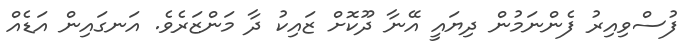
ފުސްވިއިރު ފެންނަމުން ދިޔައީ އޭނާ ދޫކޮށް ޒައިކު ދާ މަންޒަރެވެ. އަނގައިން އަޑެއް